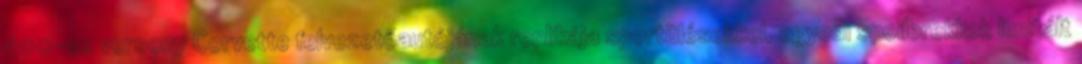
500-as verseny Corvette felvezetőautójának replikája sportülésekkel, egyedi spoilerekkel; limitált